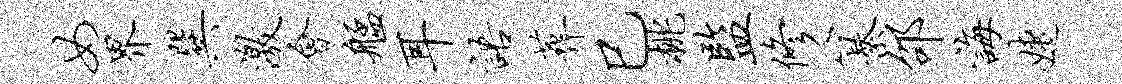
女界巽激会艋耳语葬巳桃监修纂邵诲婕